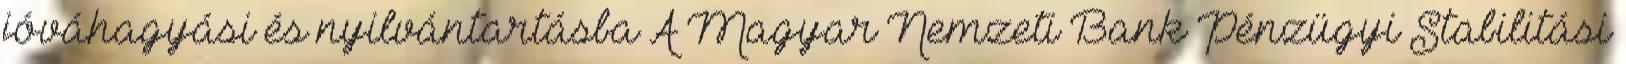
jóváhagyási és nyilvántartásba A Magyar Nemzeti Bank Pénzügyi Stabilitási